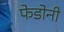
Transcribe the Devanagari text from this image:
फेडोनी